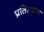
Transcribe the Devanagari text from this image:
प्रतिरूप्रण